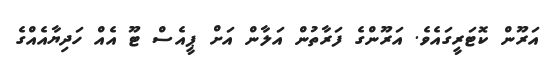
އަރޫން ކޮޓަރީގައެވެ. އަރޫންގެ ފަރާތުން އަލާން އަށް ޕީއެސް ޓޫ އެއް ހަދިޔާއެއްގެ